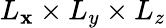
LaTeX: L_{\mathbf{x}}\times{}L_{y}\times{}L_{z}